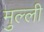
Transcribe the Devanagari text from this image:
मुल्ली